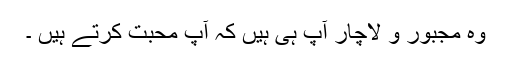
وہ مجبور و لاچار آپ ہی ہیں کہ آپ محبت کرتے ہیں ۔